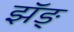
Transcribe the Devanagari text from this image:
झॅङ्